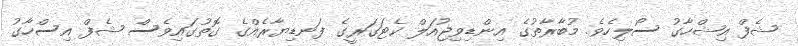
ޝެފް އިޝްހާގު ސޯލިހެވެ. މުބާރާތުގެ އިންޑިވިޖުއަލް ކެޓަގަރީގެ ފަނޑިޔާރެއްގެ ގޮތުގައިވެސް ޝެފް އިސްހާގު